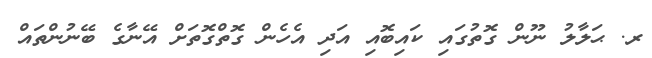
ރ. ޙަލާލު ނޫން ގޮތުގައި ކައިބޮއި އަދި އެހެން ގޮތްގޮތަށް އޭނާގެ ބޭނުންތައް